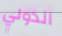
الدولي